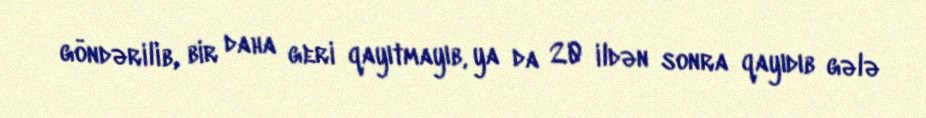
göndərilib, bir daha geri qayıtmayıb, ya da 20 ildən sonra qayıdıb gələ